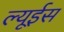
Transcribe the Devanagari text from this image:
ल्यूईस